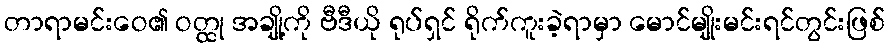
တာရာမင်းဝေ၏ ဝတ္ထု အချို့ကို ဗီဒီယို ရုပ်ရှင် ရိုက်ကူးခဲ့ရာမှာ မောင်မျိုးမင်းရင်တွင်းဖြစ်